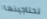
تحتاجينها